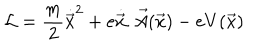
LaTeX: { \cal { L } } = \frac { m } { 2 } { \dot { \vec { x } } } ^ { 2 } + e \dot { \vec { x } } . \vec { A } ( \vec { x } ) - e V ( \vec { x } )